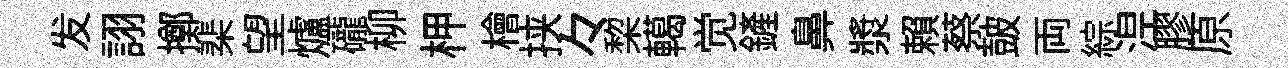
发詡擲棐望爐礲柳柙檜挟々棃轕觉鏟鼻漿賴蔡皷両綜𣵀膠原